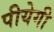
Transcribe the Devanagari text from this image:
पीयेगी